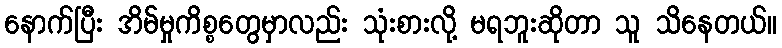
နောက်ပြီး အိမ်မှုကိစ္စတွေမှာလည်း သုံးစားလို့ မရဘူးဆိုတာ သူ သိနေတယ်။